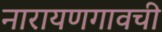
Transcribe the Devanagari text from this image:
नारायणगावची